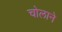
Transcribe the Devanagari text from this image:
चोलाने